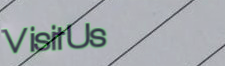
VisitUs